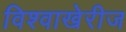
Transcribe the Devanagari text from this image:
विश्वाखेरीज